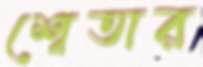
শ্বেতার